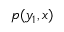
p ( y _ { 1 } , x )